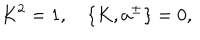
K ^ { 2 } = 1 , \quad \{ K , a ^ { \pm } \} = 0 ,